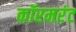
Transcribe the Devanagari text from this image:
कॉरमरंट